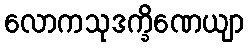
လောကသုဒက္ခိဏေယျာ